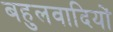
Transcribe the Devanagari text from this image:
बहुलवादियों